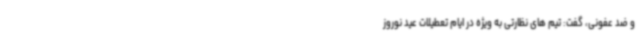
و ضد عفونی، گفت: تیم های نظارتی به ویژه در ایام تعطیلات عید نوروز